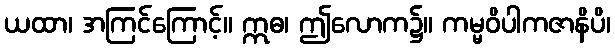
ယထာ၊ အကြင်ကြောင့်။ ဣဓ၊ ဤလောက၌။ ကမ္မဝိပါကဇာနိပိ၊